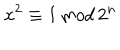
LaTeX: x ^ { 2 } \equiv 1 \, { \mathrm m o d } \, 2 ^ { n }